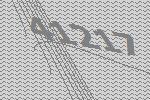
41217